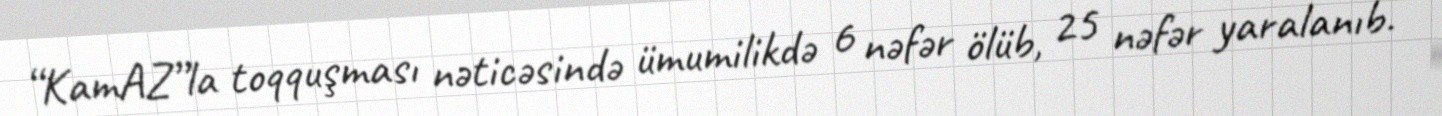
“KamAZ”la toqquşması nəticəsində ümumilikdə 6 nəfər ölüb, 25 nəfər yaralanıb.